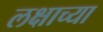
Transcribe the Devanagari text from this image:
लक्षाच्या